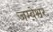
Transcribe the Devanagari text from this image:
जम्बेश्वर